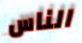
الناس